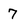
Character: 7